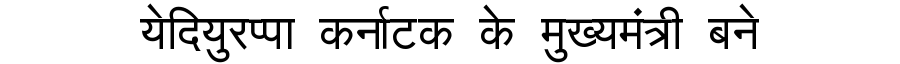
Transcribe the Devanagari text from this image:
येदियुरप्पा कर्नाटक के मुख्यमंत्री बने